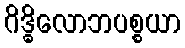
ဂိဒ္ဓိလောဘပစ္စယာ